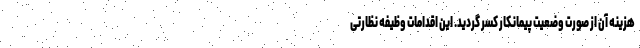
هزینه آن از صورت وضعیت پیمانکار کسر گردید. این اقدامات وظیفه نظارتی